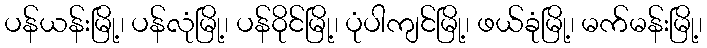
ပန်ယန်းမြို့၊ ပန်လုံမြို့၊ ပန်ဝိုင်မြို့၊ ပုံပါကျင်မြို့၊ ဖယ်ခုံမြို့၊ မက်မန်းမြို့၊